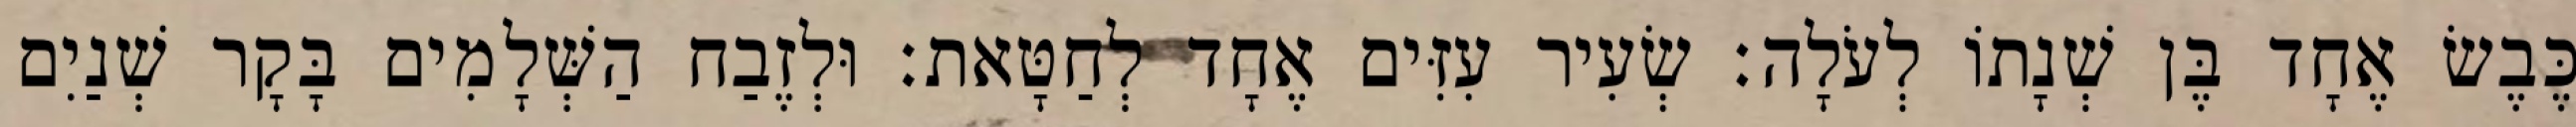
כֶּבֶשׂ אֶחָד בֶּן שְׁנָתוֹ לְעֹלָה׃ שְׂעִיר עִזִּים אֶחָד לְחַטָּאת׃ וּלְזֶבַח הַשְּׁלָמִים בָּקָר שְׁנַיִם